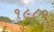
૧૯૮૦